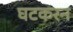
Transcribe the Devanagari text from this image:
घटकरन